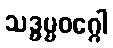
သဒ္ဓမ္မဝဂ္ဂေါ